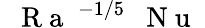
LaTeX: \mathrm{~\textit~{~R~a~}~}^{-1/5}\mathrm{~\textit~{~N~u~}~}